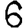
Digit: 6